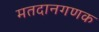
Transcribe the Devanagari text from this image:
मतदानगणक